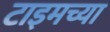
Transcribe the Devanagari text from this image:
टाइमच्या